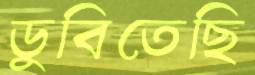
ডুবিতেছি